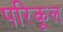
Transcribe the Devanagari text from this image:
परिकूल